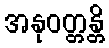
အနုဝတ္တန္တိ